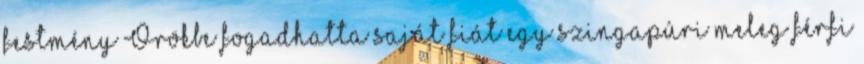
festmény Örökbe fogadhatta saját fiát egy szingapúri meleg férfi